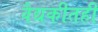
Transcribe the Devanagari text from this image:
वैद्यकीतही